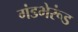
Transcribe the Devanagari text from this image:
गंडभेरूंड